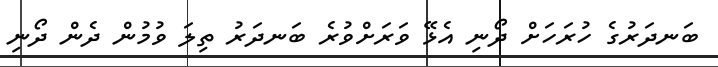
ބަނދަރުގެ ހުރަހަށް ދޯނި އެޅޭ ވަރަށްވުރެ ބަނދަރު ތިލަ ވުމުން ދެން ދޯނި